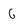
Character: 6